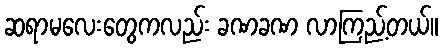
ဆရာမလေးတွေကလည်း ခဏခဏ လာကြည့်တယ်။